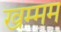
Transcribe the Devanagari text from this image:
खम्‍मम